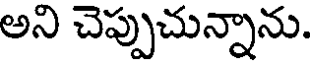
అని చెప్పుచున్నాను.